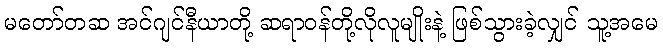
မတော်တဆ အင်ဂျင်နီယာတို့ ဆရာဝန်တို့လိုလူမျိုးနဲ့ ဖြစ်သွားခဲ့လျှင် သူ့အမေ